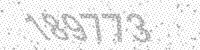
Solution: 189773